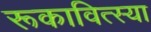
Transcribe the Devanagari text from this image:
रूकावित्स्या